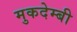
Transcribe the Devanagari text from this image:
मुकदेम्बी